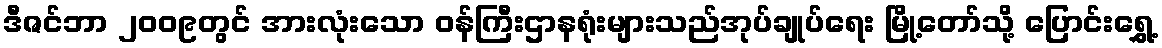
ဒီဇင်ဘာ ၂၀၀၉တွင် အားလုံးသော ဝန်ကြီးဌာနရုံးများသည်အုပ်ချုပ်ရေး မြို့တော်သို့ ပြောင်းရွှေ့